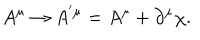
A ^ { \mu } \rightarrow A ^ { ^ { \prime } \mu } = A ^ { \mu } + \partial ^ { \mu } \chi .